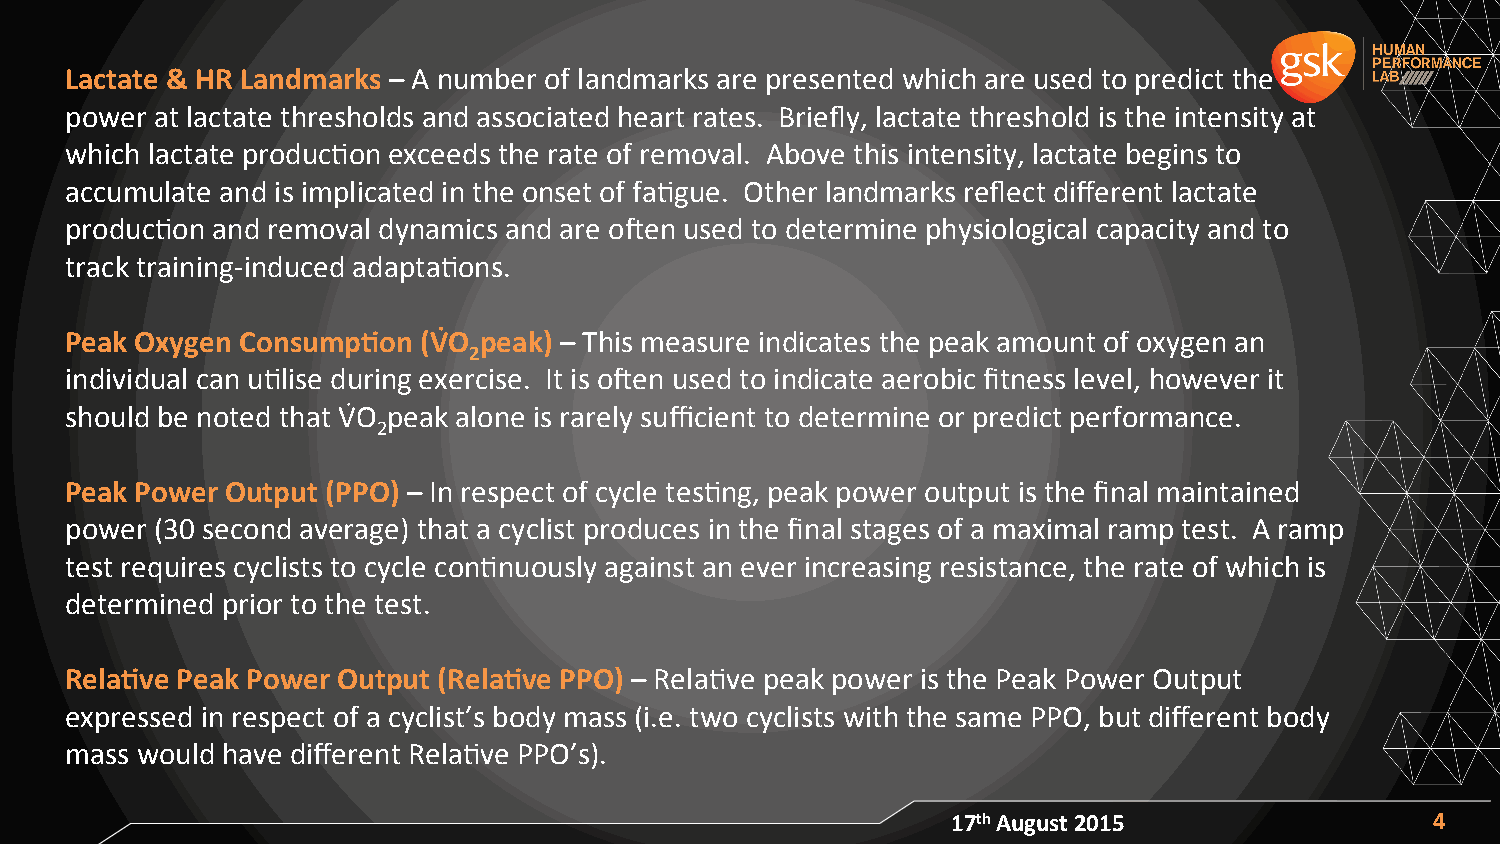
Lactate & HR Landmarks – A number of landmarks are presented which are used to predict the
 power at lactate thresholds and associated heart rates. Briefly, lactate threshold is the intensity at
 which lactate producAon exceeds the rate of removal. Above this intensity, lactate begins to
 accumulate and is implicated in the onset of faAgue. Other landmarks reflect different lactate
 producAon and removal dynamics and are oXen used to determine physiological capacity and to
 track training-­‐induced adaptaAons.
 Peak Oxygen Consump/on  (VRO peak) – This measure indicates the peak amount of oxygen an
 2
 individual can uAlise during exercise. It is oXen used to indicate aerobic fitness level, however it
 should be noted that V_O peak alone is rarely sufficient to determine or predict performance.
 2
 Peak Power Output (PPO) – In respect of cycle tesAng, peak power output is the final maintained
 power (30 second average) that a cyclist produces in the final stages of a maximal ramp test. A ramp
 test requires cyclists to cycle conAnuously against an ever increasing resistance, the rate of which is
 determined prior to the test.
 Rela/ve Peak Power Output (Rela/ve PPO) – RelaAve peak power is the Peak Power Output
 expressed in respect of a cyclist’s body mass (i.e. two cyclists with the same PPO, but different body
 mass would have different RelaAve PPO’s).
 17th August 2015                4